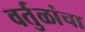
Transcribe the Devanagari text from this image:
वर्तुळांचा